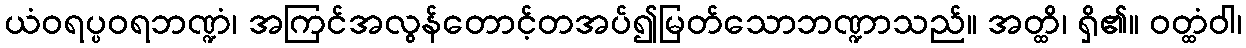
ယံဝရပ္ပဝရဘဏ္ဍံ၊ အကြင်အလွန်တောင့်တအပ်၍မြတ်သောဘဏ္ဍာသည်။ အတ္ထိ၊ ရှိ၏။ ဝတ္ထံဝါ၊